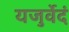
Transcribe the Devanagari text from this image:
यजुर्वेदं